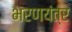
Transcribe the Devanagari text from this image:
भरणयंत्र